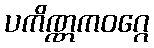
ပကိဏ္ဏကဝဂ္ဂေ